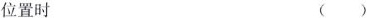
位置时 ()